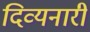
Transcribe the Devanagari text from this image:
दिव्यनारी